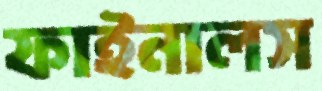
ফাইনালস